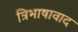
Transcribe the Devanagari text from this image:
त्रिभाषावाद